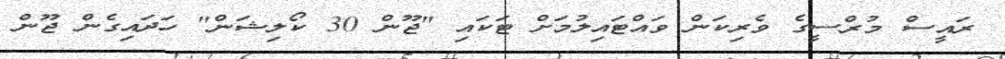
ރައީސް މުރްސީގެ ވެރިކަން ވައްޓައިލުމަށް ޓަކައި "ޖޫން 30 ކޯލިޝަން" ހަދައިގެން ޖޫން